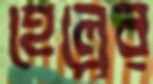
হেল্পের